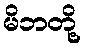
မိဘတို့